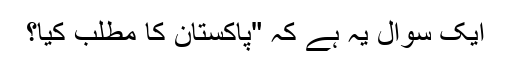
ایک سوال یہ ہے کہ "پاکستان کا مطلب کیا؟